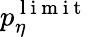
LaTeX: p_{\eta}^{\mathrm{~l~i~m~i~t~}}